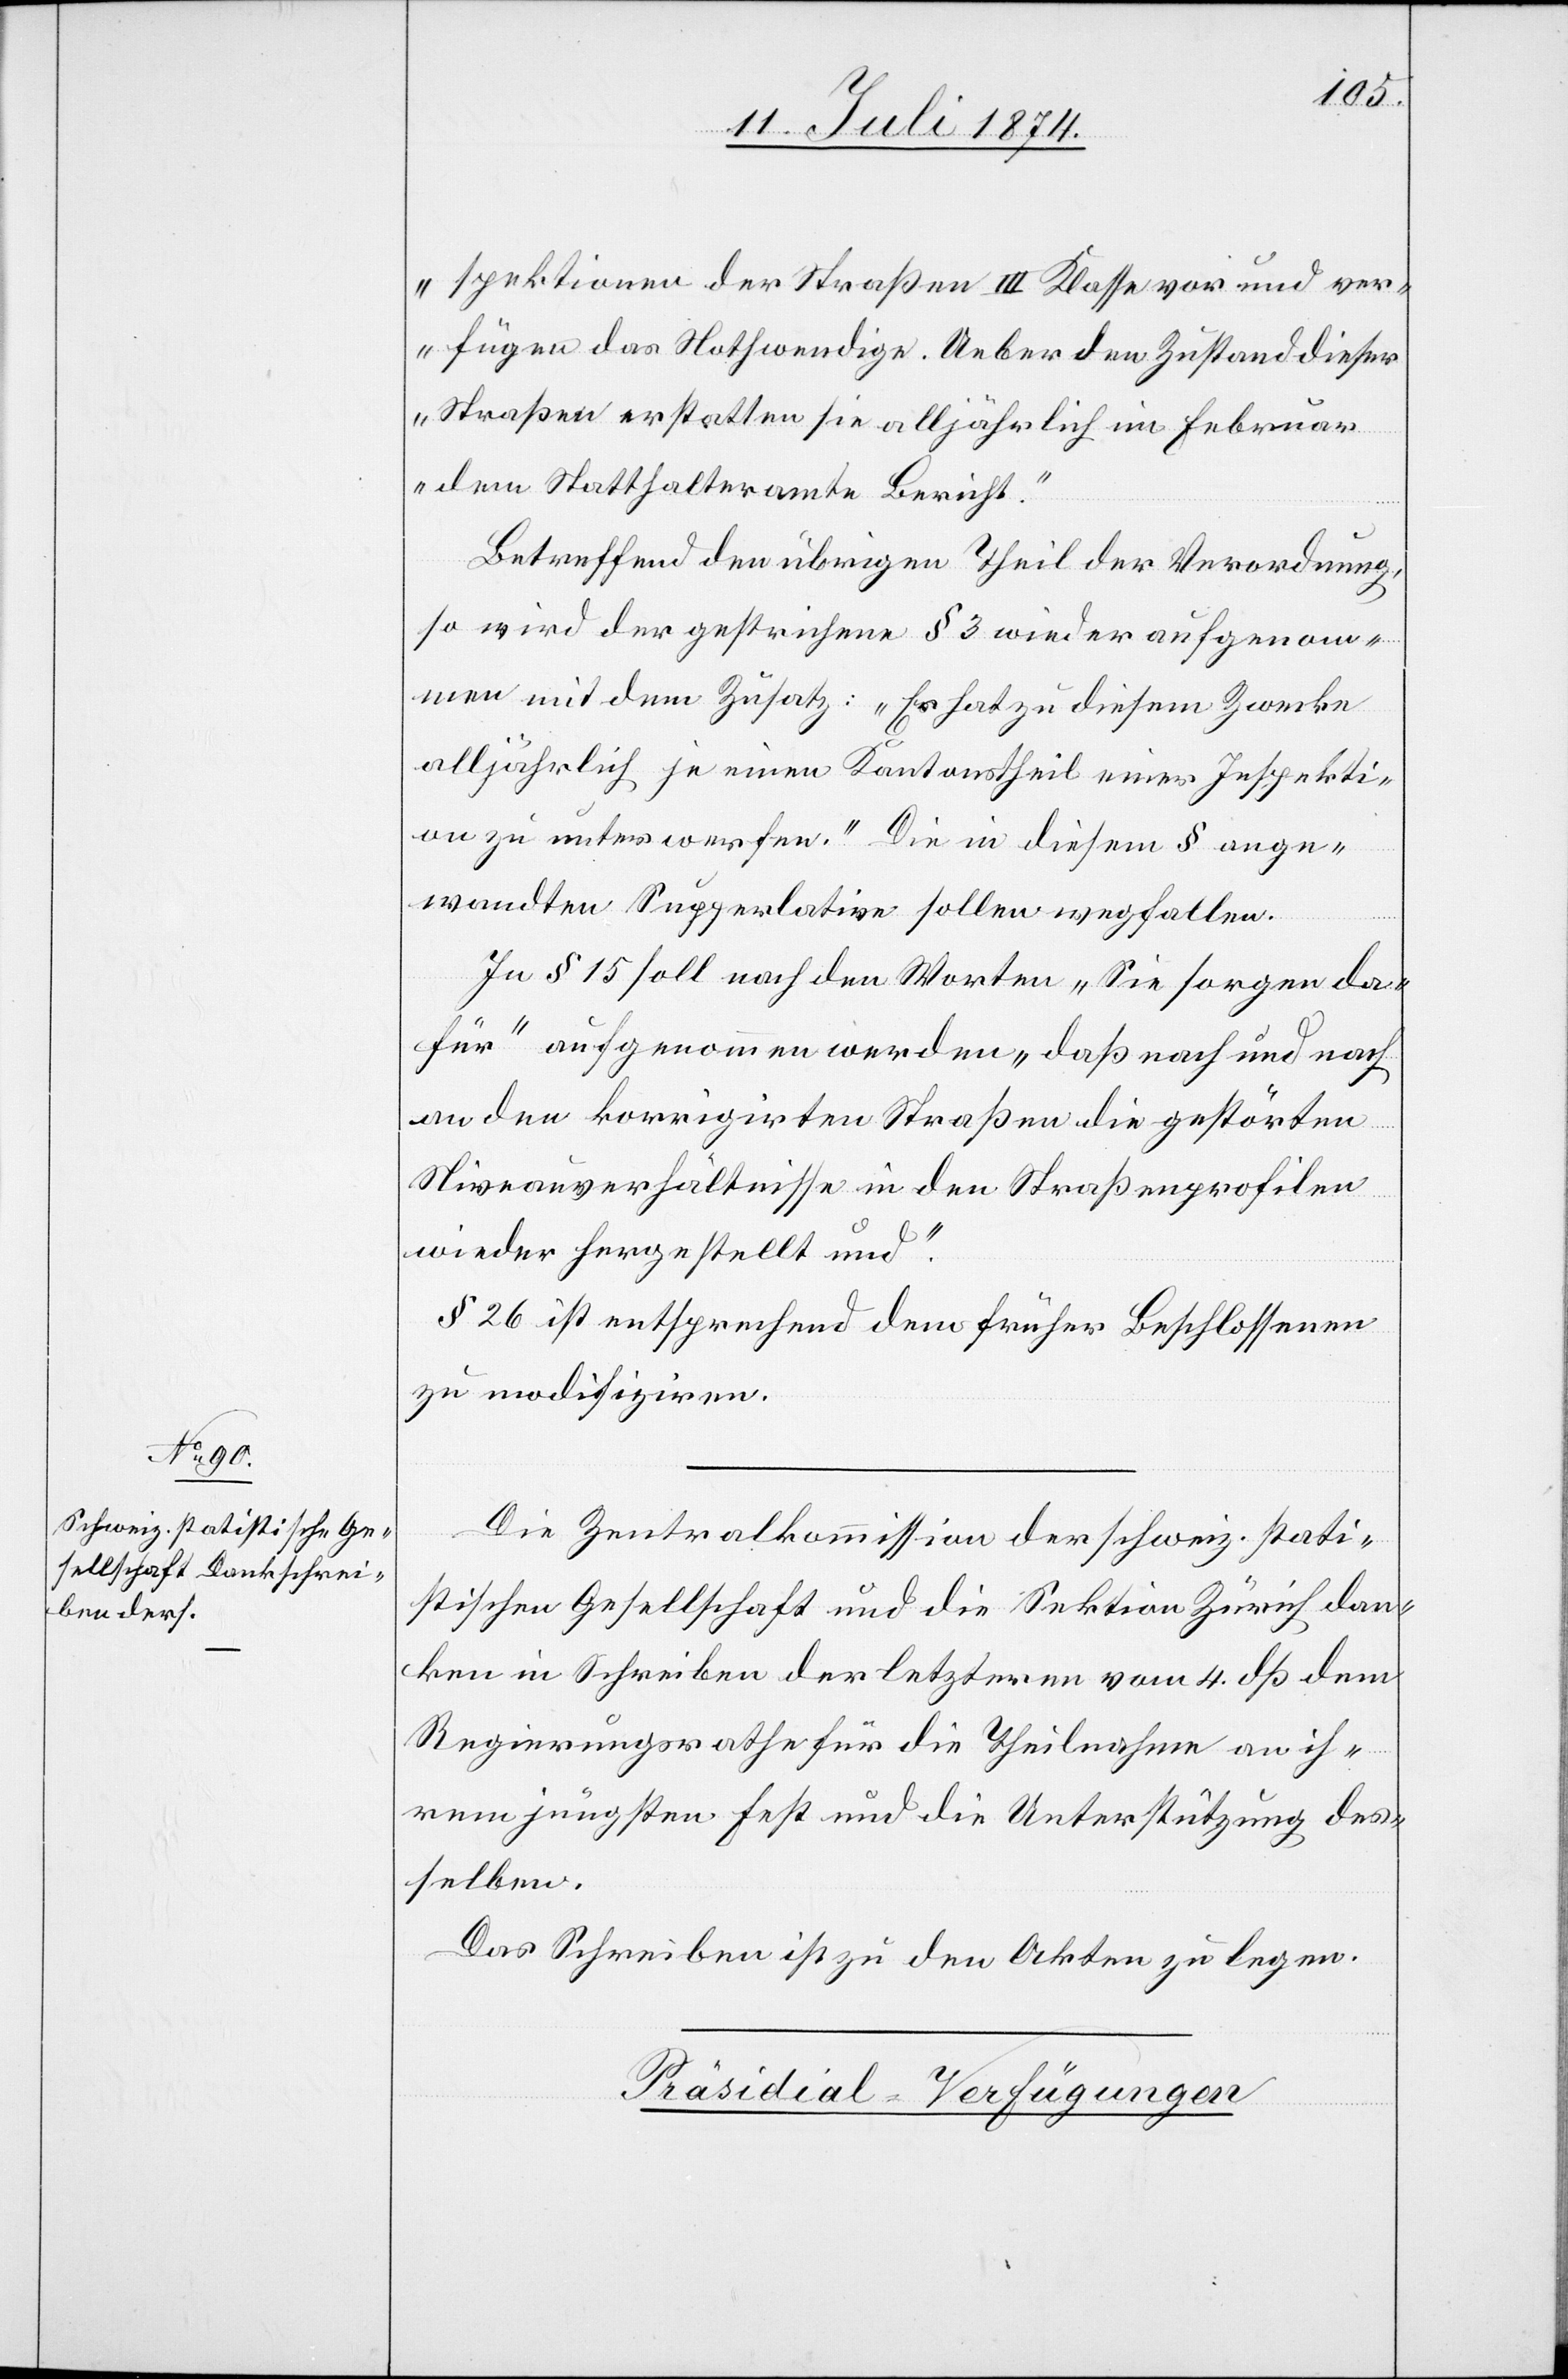
spektionen der Straßen III. Klasse und ver¬
fügen das Nothwendige. Ueber den Zustand dieser
Straßen erstatten sie alljährlich im Februar
dem Statthalteramte Bericht.“
Betreffend den übrigen Theil der Verordnung,
so wird der gestrichene § 3 wieder aufgenom¬
men mit dem Zusatz: „Es hat zu diesem Zwecke
alljährlich je einen Kantonstheil einer Inspekti¬
on zu unterwerfen [sic!].“ Die in diesem § ange¬
wandten Superlative sollen wegfallen.
In § 15 soll nach den Worten „Sie sorgen da¬
für“ aufgenommen werden „daß nach und nach
an den korrigirten Straßen die gestörten
Niveauverhältnisse in den Straßenprofilen
wieder hergestellt und“.
§ 26 ist entsprechend dem früher Beschlossenen
zu modifiziren.
Die Zentralkommission der schweiz. stati¬
stischen Gesellschaft und die Sektion Zürich dan¬
ken in Schreiben der letzteren vom 4. dß dem
Regierungsrathe für die Theilnahme an ih¬
rem jüngsten Fest und die Unterstützung des¬
selben.
Das Schreiben ist zu den Akten zu legen.
Präsidial-Verfügungen